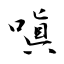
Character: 嗔